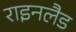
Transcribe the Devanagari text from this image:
राइनलैड